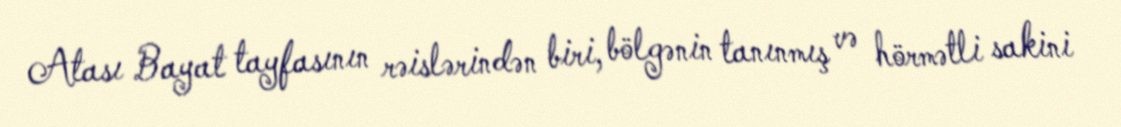
Atası Bayat tayfasının rəislərindən biri, bölgənin tanınmış və hörmətli sakini